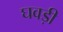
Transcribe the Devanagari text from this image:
घवड़ी